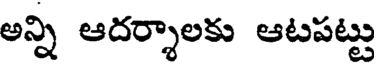
అన్ని ఆదర్శాలకు ఆటపట్టు